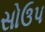
સોઉપ